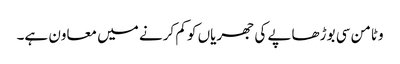
وٹامن سی بوڑھاپے کی جھریاں کو کم کرنے میں معاون ہے۔